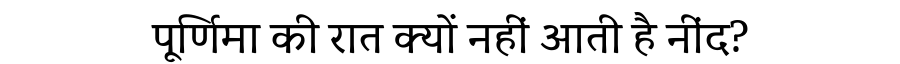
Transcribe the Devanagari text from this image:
पूर्णिमा की रात क्यों नहीं आती है नींद?